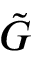
\tilde { G }